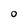
Character: 0